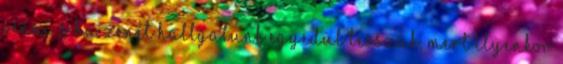
venni. s ha zenét hallgatunk egyedül tesszük, mert ilyenkor